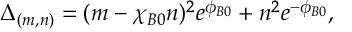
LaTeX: \Delta _ { ( m , n ) } = ( m - \chi _ { B 0 } n ) ^ { 2 } e ^ { \phi _ { B 0 } } + n ^ { 2 } e ^ { - \phi _ { B 0 } } ,